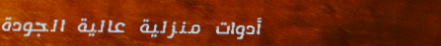
أدوات منزلية عالية الجودة